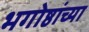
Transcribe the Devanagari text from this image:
भगोष्ठांच्या